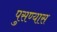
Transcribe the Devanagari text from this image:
पुसण्यास